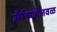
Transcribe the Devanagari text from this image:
मैत्रिणीजवळ